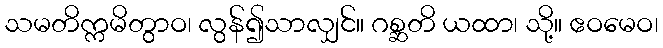
သမတိက္ကမိတွာဝ၊ လွန်၍သာလျှင်။ ဂစ္ဆတိ ယထာ၊ သို့။ ဧဝမေဝ၊